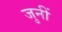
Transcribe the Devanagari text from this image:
जुनीं